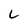
Character: L